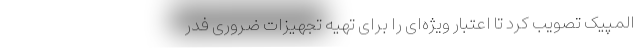
المپیک تصویب کرد تا اعتبار ویژه‌ای را برای تهیه تجهیزات ضروری فدر